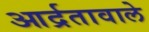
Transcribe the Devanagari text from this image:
आर्द्रतावाले